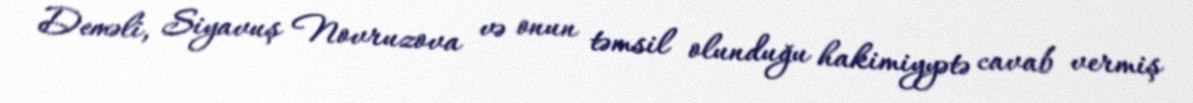
Deməli, Siyavuş Novruzova və onun təmsil olunduğu hakimiyyətə cavab vermiş